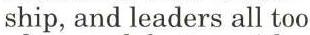
ship, and leaders all too